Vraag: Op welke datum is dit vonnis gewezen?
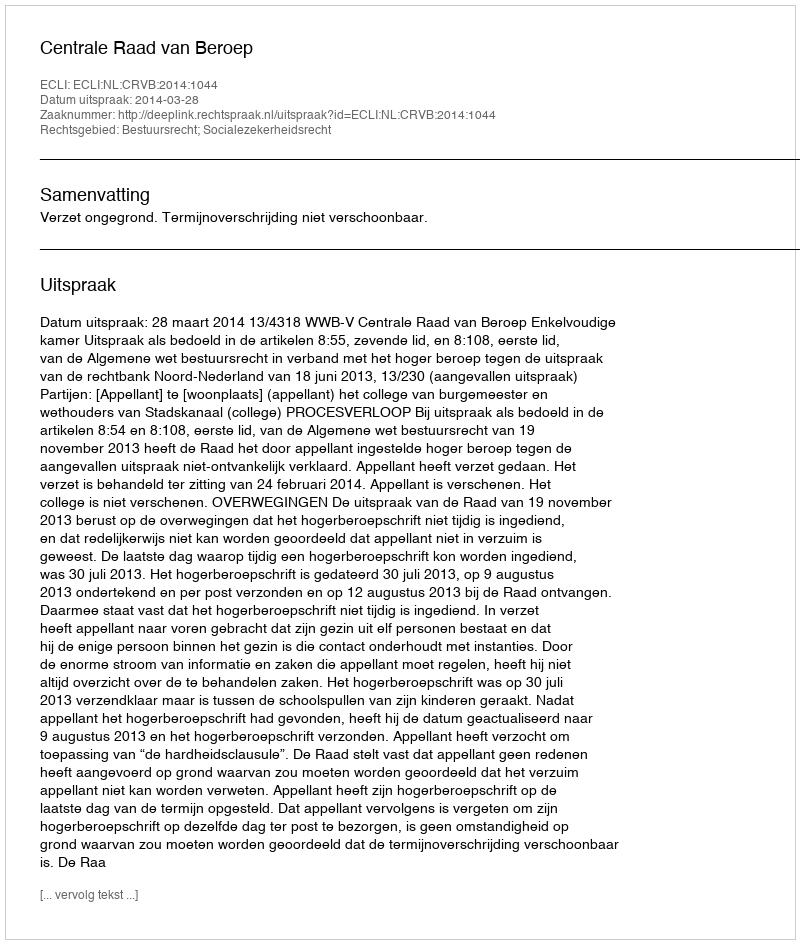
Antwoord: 2014-03-28